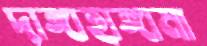
দাঙ্গাহাঙ্গামা